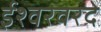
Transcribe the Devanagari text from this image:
ईश्वरवरदे